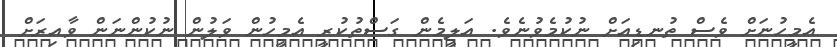
އެމީހުނަށް ވެސް ތުނޑިއަށް ނުކުމެވުނެވެ. އަލީމެން ގަސްތުކުރީ އެމީހުން ވަލުން ނުކުންނަން ވާއިރަށް